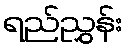
ရည်ညွှန်း